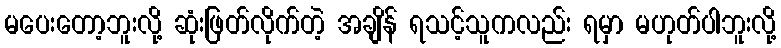
မပေးတော့ဘူးလို့ ဆုံးဖြတ်လိုက်တဲ့ အချိန် ရသင့်သူကလည်း ရမှာ မဟုတ်ပါဘူးလို့